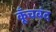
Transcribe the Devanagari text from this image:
कूँचबंद